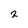
Character: 2